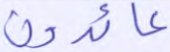
عائدون